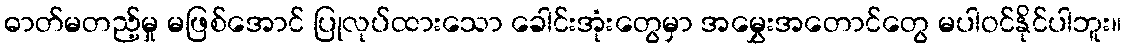
ဓာတ်မတည့်မှု မဖြစ်အောင် ပြုလုပ်ထားသော ခေါင်းအုံးတွေမှာ အမွှေးအတောင်တွေ မပါဝင်နိုင်ပါဘူး။